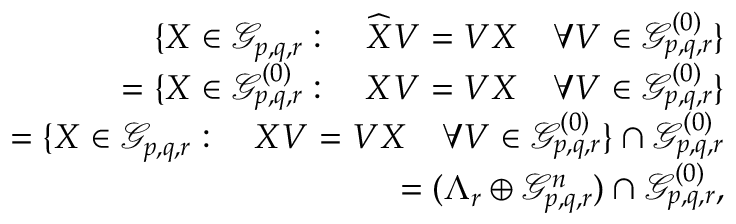
\begin{array} { r l r } & { } & { \{ X \in \mathcal { G } _ { p , q , r } : \quad \widehat { X } V = V X \quad \forall V \in \mathcal { G } _ { p , q , r } ^ { ( 0 ) } \} } \\ & { } & { = \{ X \in \mathcal { G } _ { p , q , r } ^ { ( 0 ) } : \quad X V = V X \quad \forall V \in \mathcal { G } _ { p , q , r } ^ { ( 0 ) } \} } \\ & { } & { = \{ X \in \mathcal { G } _ { p , q , r } : \quad X V = V X \quad \forall V \in \mathcal { G } _ { p , q , r } ^ { ( 0 ) } \} \cap \mathcal { G } _ { p , q , r } ^ { ( 0 ) } } \\ & { } & { = ( \Lambda _ { r } \oplus \mathcal { G } _ { p , q , r } ^ { n } ) \cap \mathcal { G } _ { p , q , r } ^ { ( 0 ) } , } \end{array}